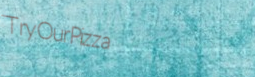
TryOurPizza